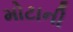
મોટાની